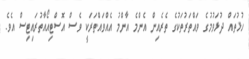
ހުޅުތައް ދުޅަވުމުގެ ވައްތަރުތަކުގެ ތެރެއިން އެންމެ އާންމު އެއްވައްތަރަކީ ވެސް އޮސްޓިއޯއާތުރައިޓިސް އެވެ.